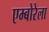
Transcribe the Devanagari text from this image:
एम्बोरेला